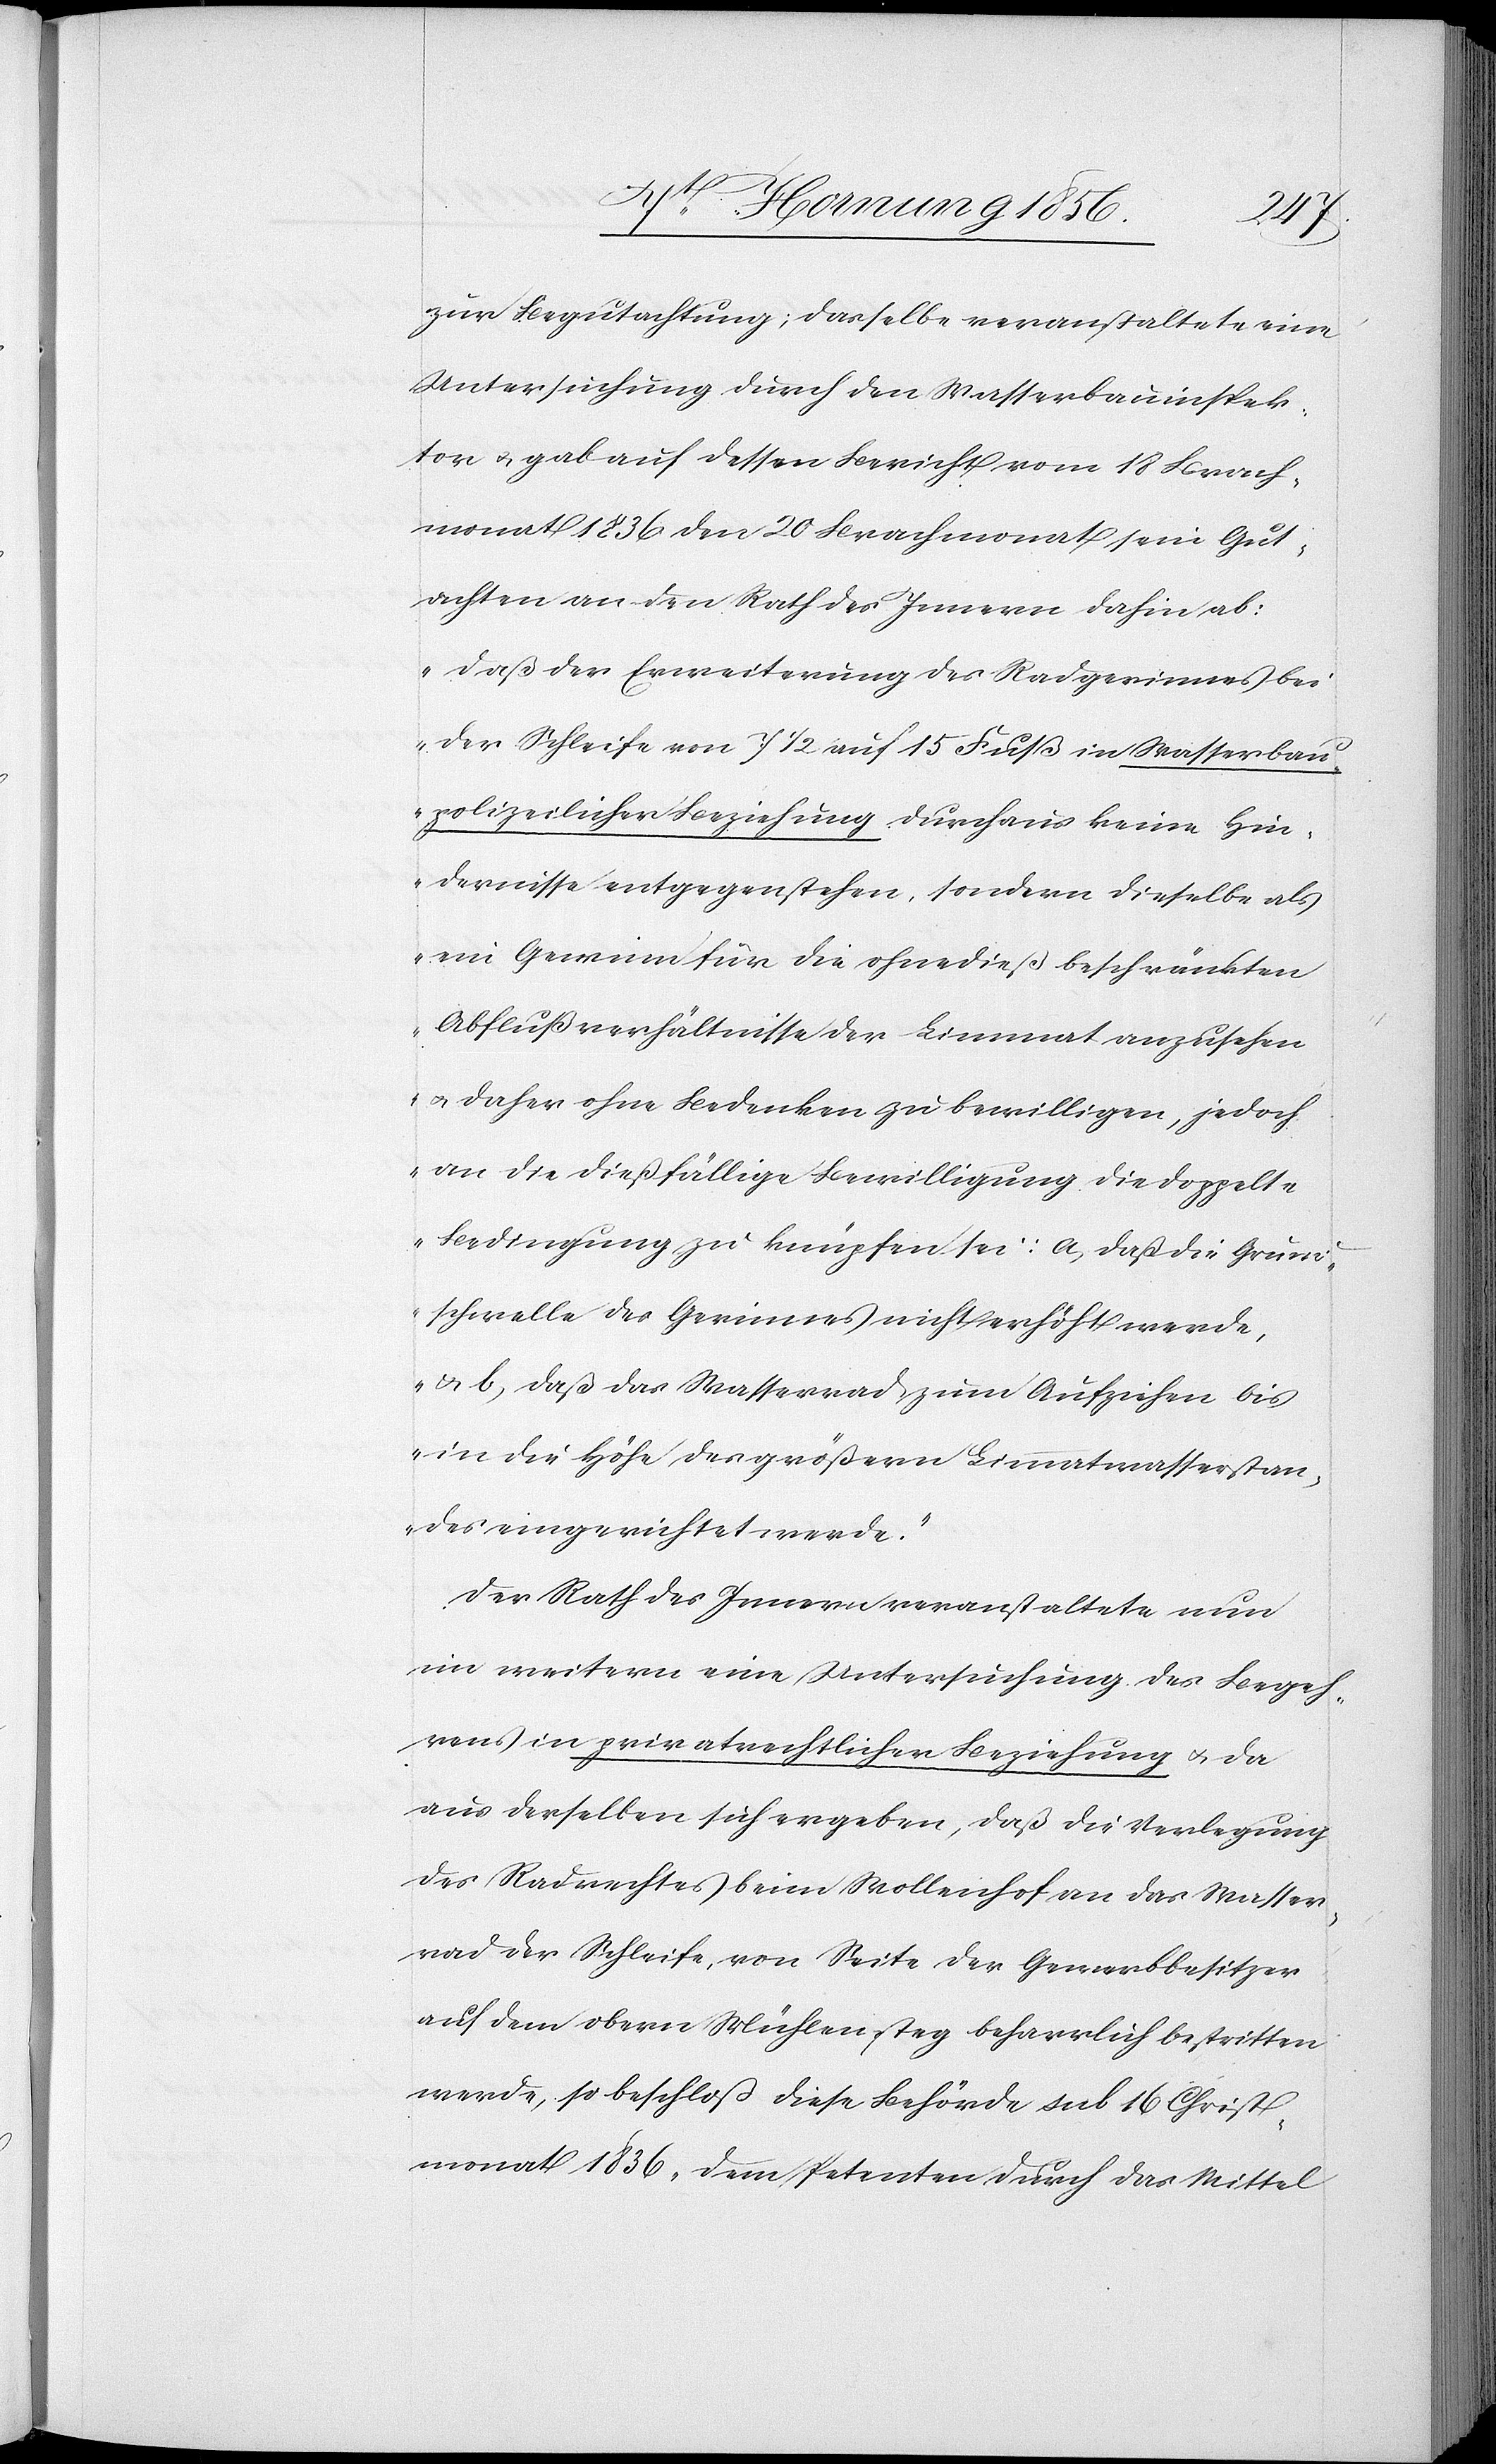
zur Begutachtung; dasselbe veranstaltete eine
Untersuchung durch den Wasserbauinspek¬
tor u. gab auf dessen Bericht vom 18 Brach¬
monat 1836 den 20 Brachmonat sein Gut¬
achten an den Rath des Innern dahin ab:
„Daß der Erweiterung des Radgerinnes bei
der Schleife von 7 ½ auf 15 Fuß in Wasserbau¬
polizeilicher Beziehung durchaus keine Hin¬
dernisse entgegenstehen, sondern dieselbe als
ein Gewinn für die ohnedieß beschränkten
Abflußverhältnisse der Limmat anzusehen
u. daher ohne Bedenken zu bewilligen, jedoch
an die dießfällige Bewilligung die doppelte
Bedingung zu knüpfen sei: a, daß die Grund¬
schwelle des Gerinnes nicht erhöht werde,
u. b, daß das Wasserrad zum Aufziehen bis
in die Höhe des größern Limmatwasserstan¬
des eingerichtet werde.“
Der Rath des Innern veranstaltete nun
im weitern eine Untersuchung des Begeh¬
rens in privatrechtlicher Beziehung u. da
aus derselben sich ergeben, daß die Verlegung
des Radrechtes beim Wollenhof an das Wasser¬
rad der Schleife, von Seite der Gewerbbesitzer
auf dem obern Mühlensteg beharrlich bestritten
werde, so beschloß diese Behörde sub 16 Christ¬
monat 1836, dem Petenten durch das Mittel